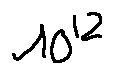
1 0 ^ { 1 2 }